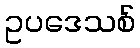
ဥပဒေသစ်